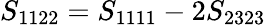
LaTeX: S_{1122}=S_{1111}-2S_{2323}